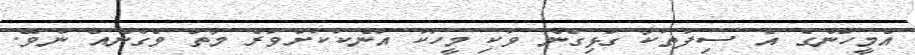
އެމީހުންގެ އެ ސިފަތަކާ ގުޅިގެން ވަކި މީހަކު އަނެކަކަށްވުރެ މާތް ވެގެނެއް ނުވޭ.